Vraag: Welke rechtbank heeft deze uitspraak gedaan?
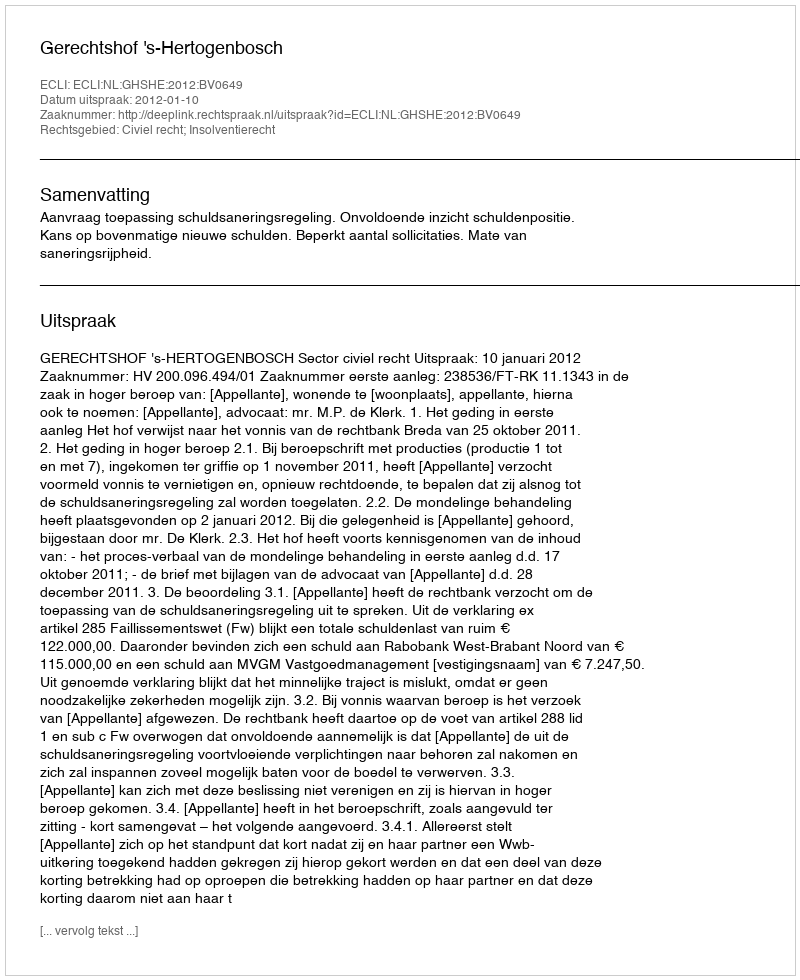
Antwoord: Gerechtshof 's-Hertogenbosch